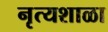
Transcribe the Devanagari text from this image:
नृत्यशाळा